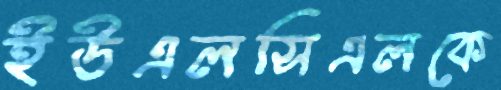
ইউএলসিএলকে